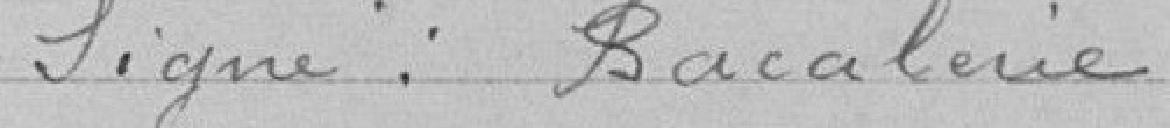
Signé : Bacalerie.